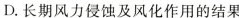
D.长期风力侵蚀及风化作用的结果